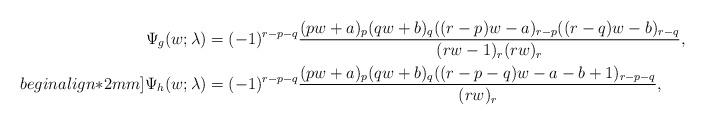
LaTeX: \begin{align*}\Psi_g(w; \lambda) &= (-1)^{r-p-q} \dfrac{(p w+a)_p(q w+b)_q((r-p)w-a)_{r-p}((r-q)w-b)_{r-q}}{(r w-1)_r (r w)_r}, \\begin{align*}2mm]\Psi_h(w; \lambda) &= (-1)^{r-p-q} \dfrac{(p w+a)_p(q w+b)_q((r-p-q)w-a-b+1)_{r-p-q}}{(r w)_r}, \end{align*}